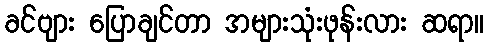
ခင်ဗျား ပြောချင်တာ အများသုံးဖုန်းလား ဆရာ။